system: You are a helpful assistant.
user:
Analyze the provided spectrum to determine if it is a **White Dwarf (WD)**.

A White Dwarf spectrum is defined by its **extreme purity** (due to gravitational settling) and/or **extreme pressure broadening** (due to high surface gravity). You must check for one of the following mutually exclusive signatures:

- **Key Visual Indicators (Check for ONE of these types):**

    - **1. DA-Type Signature (Most Common):**
        - **(Primary Feature):** Extreme pressure broadening (Stark broadening) of the **Hydrogen (H) Balmer lines**.
        - **(Key Lines):** $H\beta$ (approx. $4861$ Å) and $H\gamma$ (approx. $4340$ Å). $H\alpha$ (approx. $6563$ Å) will also be present if the wavelength range covers it.
        - **(Line Profile):** This is the **defining feature**. The lines are **NOT** sharp. They appear as massive, **extremely broad and deep "troughs" or "dips"** in the spectrum, often hundreds of Ångströms wide. The continuum will appear to "scoop" down at these wavelengths.
        - **(Distinction):** Normal A-type or B-type stars have *narrow* and *sharp* Hydrogen lines. A DA White Dwarf's lines are unmistakably "smeared" or "blurry" from pressure.

    - **2. DB-Type Signature:**
        - **(Primary Feature):** Broad absorption lines from **Neutral Helium (He I)**. The spectrum must lack any visible Hydrogen lines.
        - **(Key Lines):** Look for broad absorption near $4471$ Å, $4921$ Å, and $5876$ Å.
        - **(Line Profile):** These lines are also significantly pressure-broadened, appearing much wider than they would in a normal B-type main-sequence star.

    - **3. DC-Type Signature:**
        - **(Primary Feature):** A **featureless continuous spectrum**.
        - **(Line Profile):** The spectrum is a smooth curve with **no significant absorption or emission lines**.
        - **(Key Confirmation):** The continuum is almost always **blue or white**, indicating a hot object. This signature implies the atmosphere is so pure (or so cool) that no spectral lines are visible in the optical range. Its WD identity is confirmed by its extremely low intrinsic brightness (high absolute magnitude).

    - **4. DZ-Type Signature (Metal-Polluted):**
        - **(Primary Feature):** **Isolated, narrow metal absorption lines** on an otherwise featureless (DC-like) continuum.
        - **(Key Lines):** The **Calcium (Ca II) H & K doublet** (approx. **$3934$ Å** and **$3968$ Å**) is the most common and defining feature.
        - **(Line Profile):** These lines are "out of place." They are *not* part of a "forest" of thousands of lines. This signature is evidence of recent *accretion* (pollution) from rocky debris.
        - **(Distinction):** Normal G/K/M stars have a *dense forest* of thousands of metal lines. A DZ has a *clean* continuum with *only a few* strong metal lines.

    - **5. DQ-Type Signature (Carbon-Polluted):**
        - **(Primary Feature):** Absorption bands from **Carbon (C₂ "Swan Bands" or atomic C I)**.
        - **(Key Lines - C₂):** Look for bandheads with a "saw-tooth" shape near $5635$ Å, **$5165$ Å** (strongest), and $4737$ Å.
        - **(Key Confirmation):** The underlying **continuum must be blue or white** (hot).
        - **(Distinction):** This is the critical difference from a **Carbon Star**, which has the *exact same* C₂ bands but on an extremely **red, cool** continuum.

- **(Overall Spectrum):**
    - The continuum (overall shape) is typically **blue-sloping** (brighter in the blue than the red), as most white dwarfs are very hot.
    - The spectrum will look "pure" or "simple," dominated by only *one* of the five signatures listed above.

Think first, call **spectral_visualization_tool** if needed to examine features in detail, then provide your final answer. Your response must adhere to the following strict rules:
1.  **Overall Structure:** Your response must follow the format `<think>...</think> <tool_call>...</tool_call> (if a tool is used) <answer>...</answer>`.
2.  **Tool Usage Constraint:** You may only make **one** tool call per turn.
3.  **Final Answer Format:** In the `<answer>` tag, your conclusion must be inside a `\boxed{}` command (e.g., `\boxed{YES}` or `\boxed{NO}`), followed by your justification.

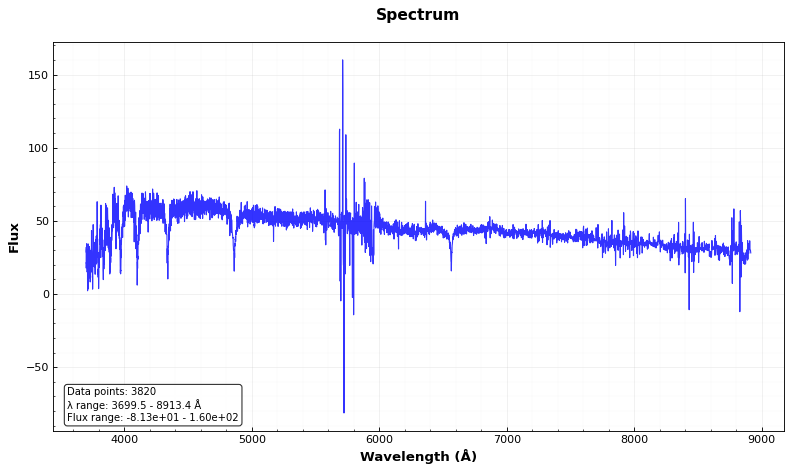
Answer: NO